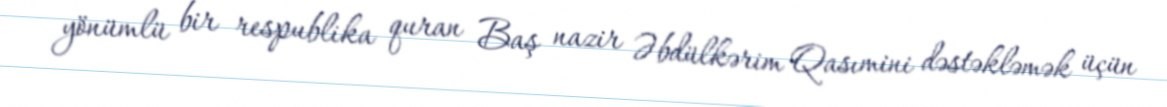
yönümlü bir respublika quran Baş nazir Əbdülkərim Qasımini dəstəkləmək üçün